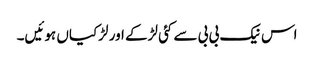
اس نیک بی بی سے کئی لڑکے اور لڑکیاں ہوئیں۔